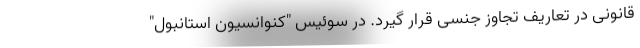
قانونی در تعاریف تجاوز جنسی قرار گیرد. در سوئیس "کنوانسیون استانبول"